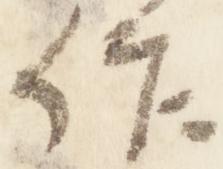
作